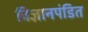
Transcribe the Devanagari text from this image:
विज्ञानपंडित